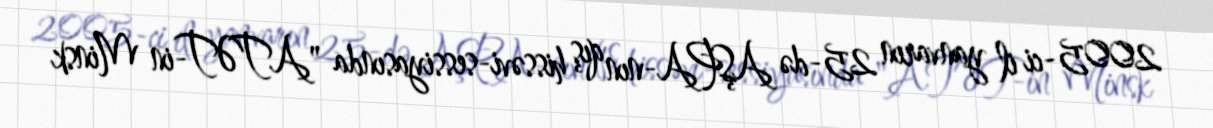
2005-ci il yanvarın 25-də AŞPA-nın qış hissəvi-sessiyasında "ATƏT-in Minsk